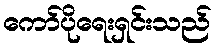
ကော်ပိုရေးရှင်းသည်